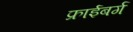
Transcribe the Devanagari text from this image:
फ्राईबर्ग